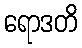
ရောဒတိ